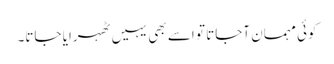
کوئی مہمان آجاتا تو اسے بھی یہیں ٹھہرایا جاتا۔